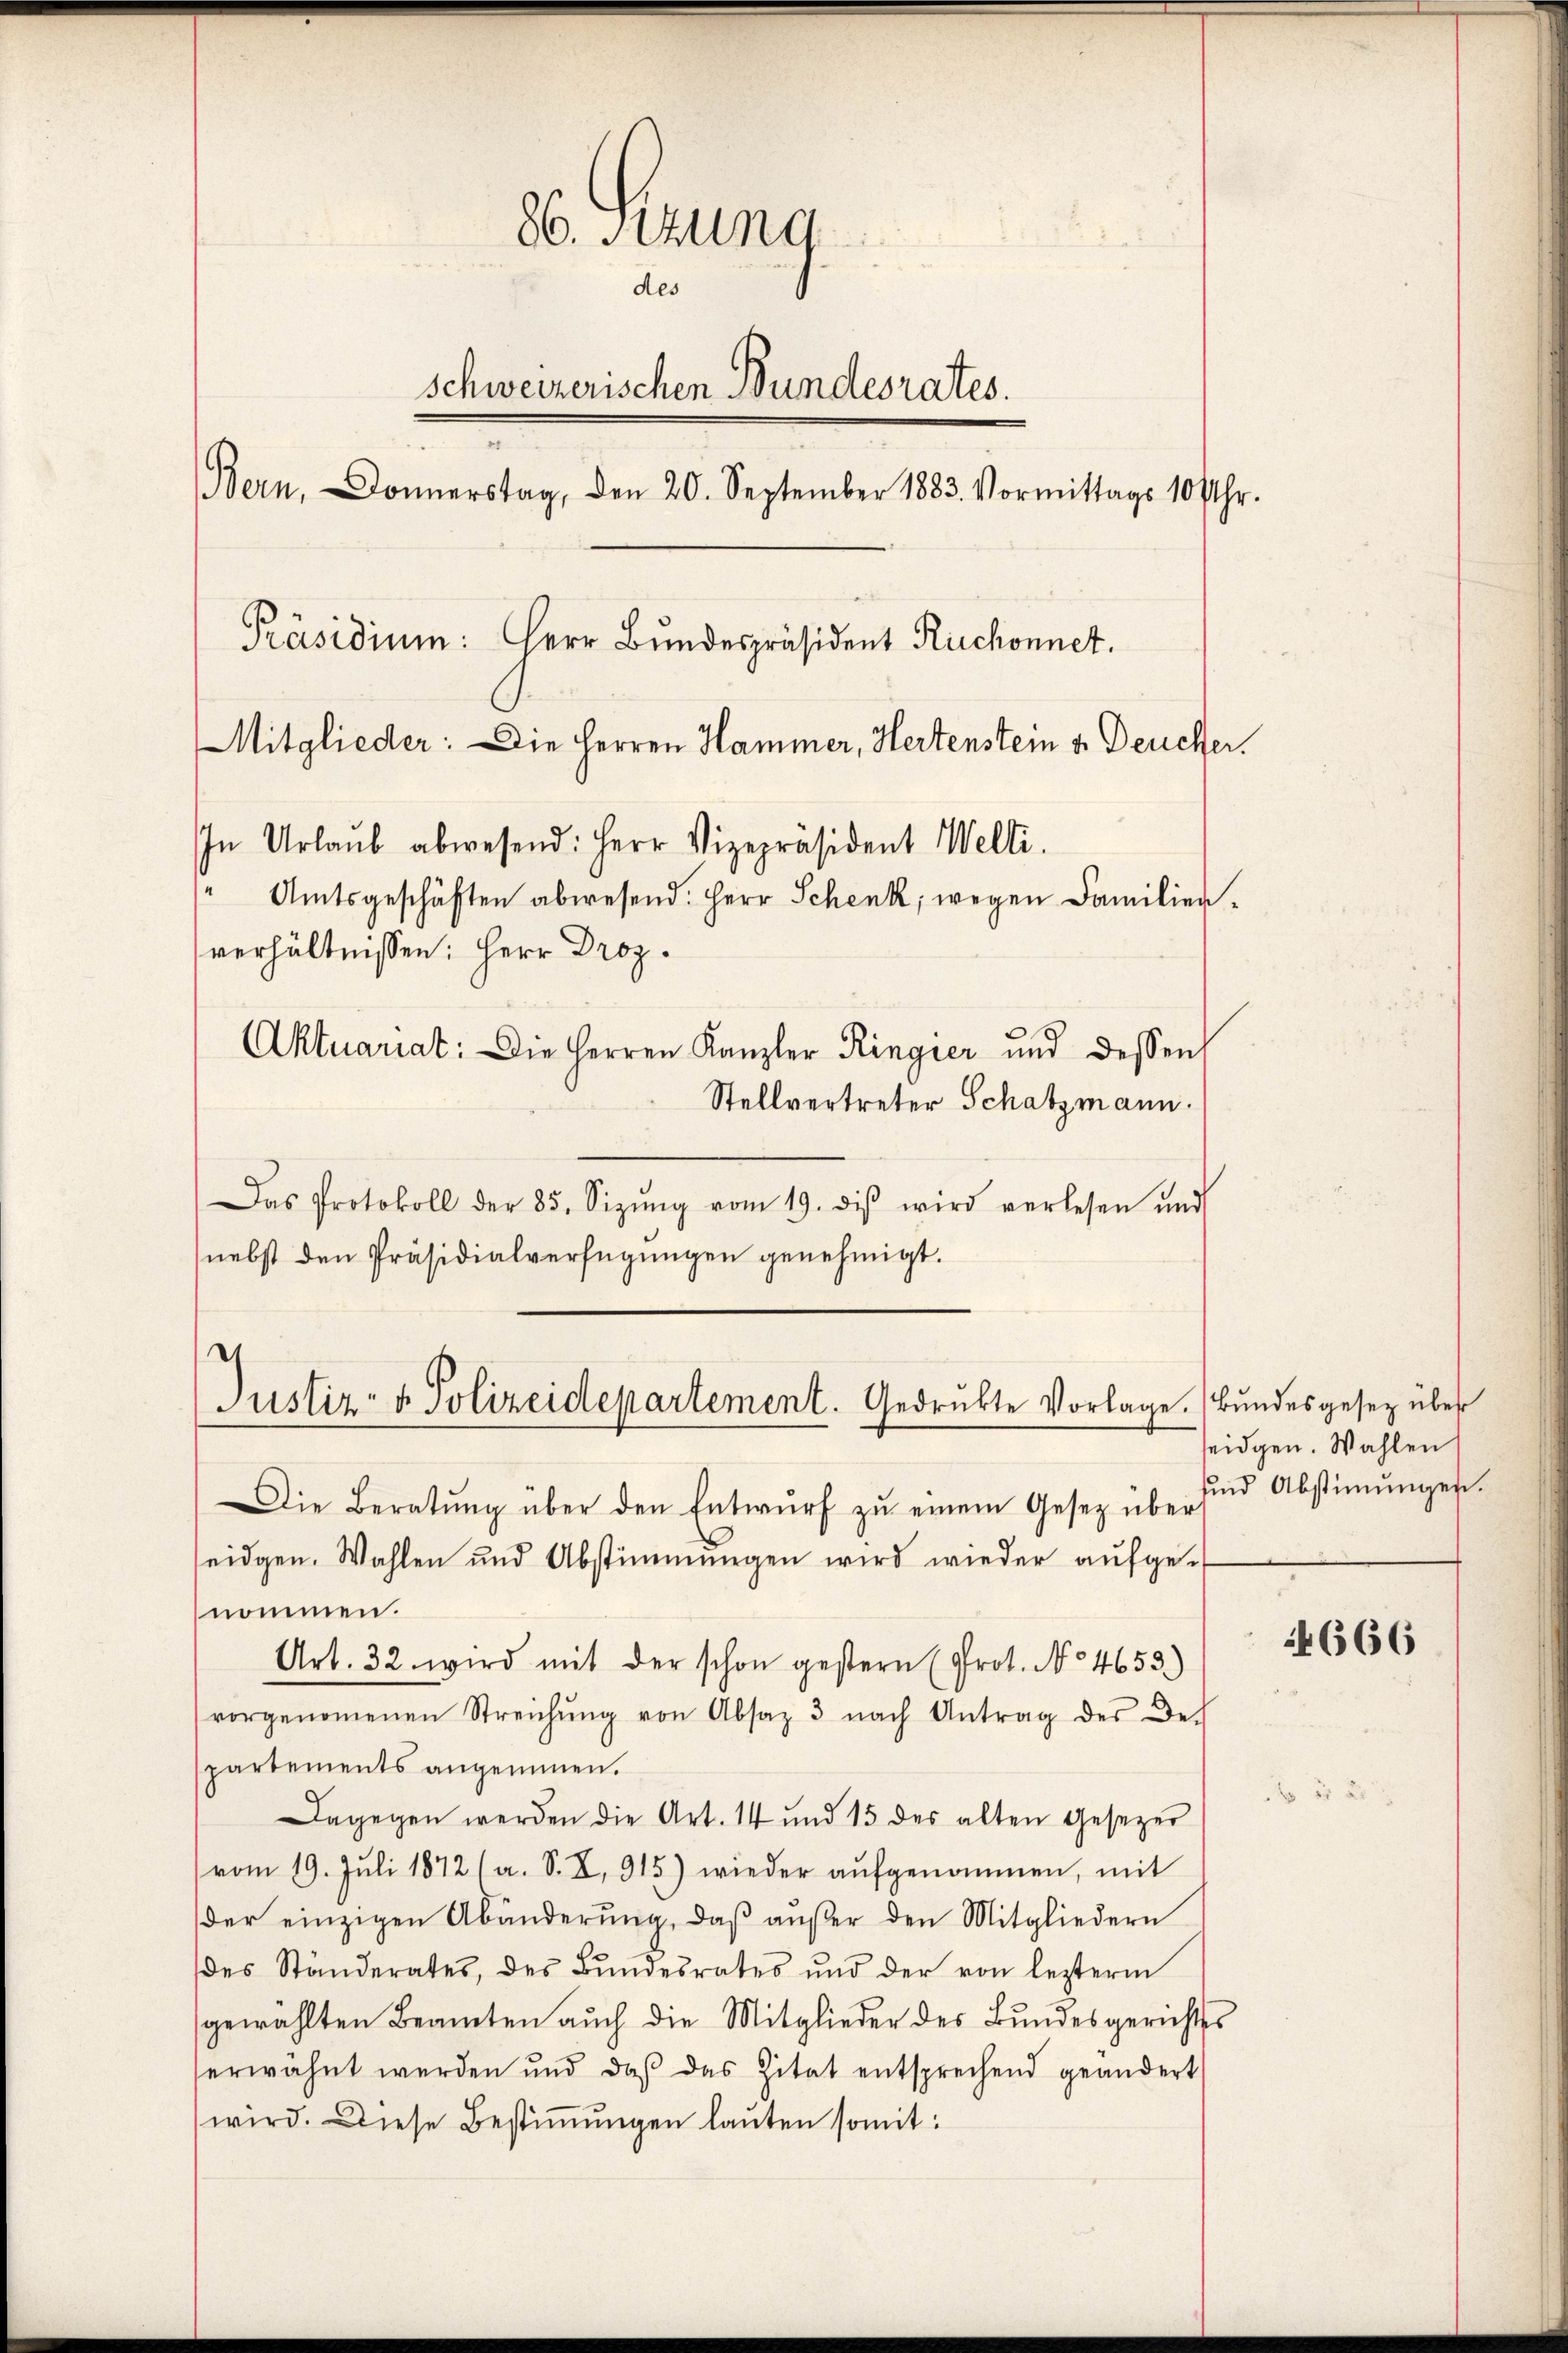
86. Sitzung
des
schweizerischen Bundesrates.
Bern, Donnerstag, den 20. September 1883. Vormittags 10 Uhr.
Präsidium: Herr Bundespräsident Ruchonnet.
Mitglieder: Die Herren Hammer, Hertenstein u. Deucher.
In Urlaŭb abwesend: Herr Vizepräsident Welti.
( Amtsgeschäften abwesend: Herr Schenk, wegen Familienverhältnissen: Herr Droz.
Aktuariat: Die Herren Kanzler Ringier und dessen
Stellvertreter Schatzmann.

Das Protokoll der 85. Sizŭng vom 19. diβ wird verlesen und
nebst den Präsidialverfügungen genehmigt.

Die Beratŭng über den Entwŭrf zŭ einem Gesetz über
seidgen. Wahlen und Abstimmungen wird wieder aufgenommen.
Art. 32. wird mit der schon gestern (Prot. No 4653.)
vorgenommenen Streichŭng von Absaz 3 nach Antrag des Dec
partements angemenen.
Dagegen werden die Art. 14 und 15 des alten Gesezer
vom 19. Jŭli 1872 (a. S. X. 915) wieder aŭfgenommen, mit
der einzigen Abänderŭng, daβ aŭβer den Mitgliedern
des Ständerates, des Bŭndesrates und der von lezterm
gewählten Beamten auch die Mitglieder des Bundesgerichtes
erwähnt werden und daβ das Zitat entsprechend geändert
wird. Diese Bestimmungen lauten somit:

Justiz- & Polizeidepartement. Gedrükte Vorlage. Bundesgesez über

seidgen. Wahlen
und Abstimungen.

4666